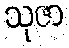
သုဇာ